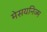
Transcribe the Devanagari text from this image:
मेसयनिज्म